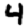
Digit: 4